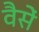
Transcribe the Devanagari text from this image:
वैसें